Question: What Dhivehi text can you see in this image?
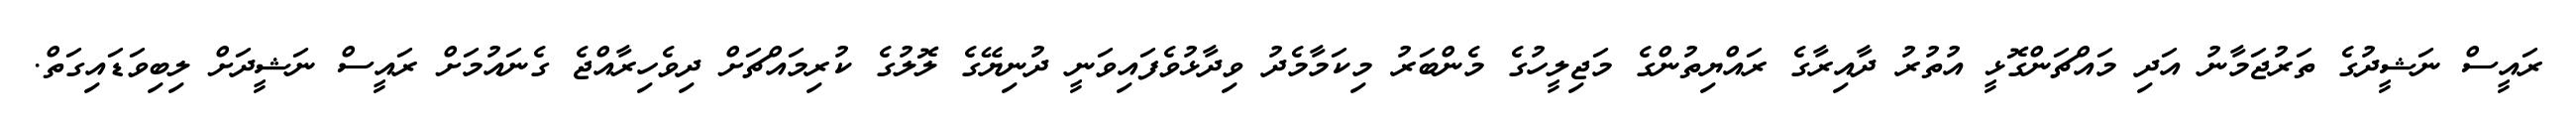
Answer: ރައީސް ނަޝީދުގެ ތަރުޖަމާނު އަދި މައްޗަންގޮޅީ އުތުރު ދާއިރާގެ ރައްޔިތުންގެ މަޖިލީހުގެ މެންބަރު މިކަމާމެދު ވިދާޅުވެފައިވަނީ ދުނިޔޭގެ ލޮލުގެ ކުރިމައްޗަށް ދިވެހިރާއްޖެ ގެނައުމަށް ރައީސް ނަޝީދަށް ލިބިވަޑައިގަތް.